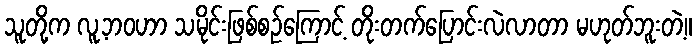
သူတို့က လူ့ဘဝဟာ သမိုင်းဖြစ်စဉ်ကြောင့် တိုးတက်ပြောင်းလဲလာတာ မဟုတ်ဘူးတဲ့။